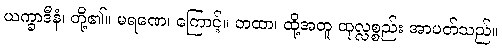
ယက္ခာဒီနံ၊ တို့၏။ မရဏေ၊ ကြောင့်။ တထာ၊ ထို့အတူ ထုလ္လစ္စည်း အာပတ်သည်။